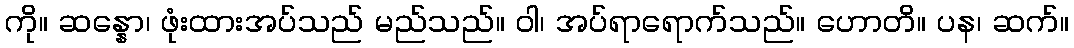
ကို။ ဆန္နော၊ ဖုံးထားအပ်သည် မည်သည်။ ဝါ၊ အပ်ရာရောက်သည်။ ဟောတိ။ ပန၊ ဆက်။